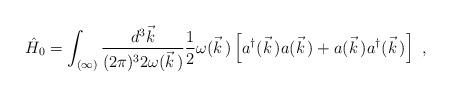
LaTeX: \begin{align*}\hat{H}_0=\int_{(\infty)}\frac{d^3\vec{k}}{(2\pi)^32\omega(\vec{k}\,)}\frac{1}{2}\omega(\vec{k}\,)\left[a^\dagger(\vec{k}\,)a(\vec{k}\,)+a(\vec{k}\,)a^\dagger(\vec{k}\,)\right]\ ,\end{align*}